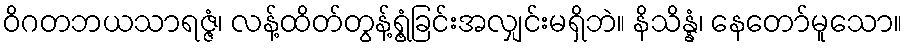
ဝိဂတဘယသာရဇ္ဇံ၊ လန့်ထိတ်တွန့်ရွံ့ခြင်းအလျှင်းမရှိဘဲ။ နိသိန္နံ၊ နေတော်မူသော။